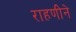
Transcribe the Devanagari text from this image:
राहणीने